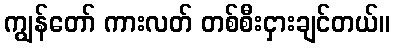
ကျွန်တော် ကားလတ် တစ်စီးငှားချင်တယ်။